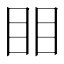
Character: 䀠